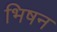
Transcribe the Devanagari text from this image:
भिषन